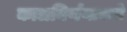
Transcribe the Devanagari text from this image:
कालनिर्णयाकडे